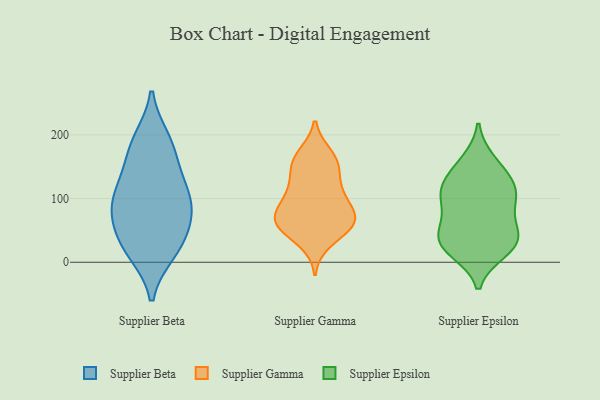
{"axis": {"x": "Revenue (USD Million)", "y": "Value"}, "legend": ["Supplier Beta", "Supplier Epsilon", "Supplier Gamma"], "data": [{"x": "", "y": 16, "type": "Supplier Beta"}, {"x": "", "y": 87, "type": "Supplier Beta"}, {"x": "", "y": 93, "type": "Supplier Beta"}, {"x": "", "y": 118, "type": "Supplier Beta"}, {"x": "", "y": 65, "type": "Supplier Beta"}, {"x": "", "y": 128, "type": "Supplier Beta"}, {"x": "", "y": 20, "type": "Supplier Beta"}, {"x": "", "y": 192, "type": "Supplier Beta"}, {"x": "", "y": 57, "type": "Supplier Beta"}, {"x": "", "y": 28, "type": "Supplier Beta"}, {"x": "", "y": 165, "type": "Supplier Beta"}, {"x": "", "y": 186, "type": "Supplier Beta"}, {"x": "", "y": 95, "type": "Supplier Beta"}, {"x": "", "y": 153, "type": "Supplier Gamma"}, {"x": "", "y": 63, "type": "Supplier Gamma"}, {"x": "", "y": 72, "type": "Supplier Gamma"}, {"x": "", "y": 62, "type": "Supplier Gamma"}, {"x": "", "y": 75, "type": "Supplier Gamma"}, {"x": "", "y": 157, "type": "Supplier Gamma"}, {"x": "", "y": 110, "type": "Supplier Gamma"}, {"x": "", "y": 168, "type": "Supplier Gamma"}, {"x": "", "y": 58, "type": "Supplier Gamma"}, {"x": "", "y": 158, "type": "Supplier Gamma"}, {"x": "", "y": 96, "type": "Supplier Gamma"}, {"x": "", "y": 33, "type": "Supplier Gamma"}, {"x": "", "y": 60, "type": "Supplier Gamma"}, {"x": "", "y": 59, "type": "Supplier Gamma"}, {"x": "", "y": 105, "type": "Supplier Gamma"}, {"x": "", "y": 124, "type": "Supplier Gamma"}, {"x": "", "y": 93, "type": "Supplier Epsilon"}, {"x": "", "y": 110, "type": "Supplier Epsilon"}, {"x": "", "y": 112, "type": "Supplier Epsilon"}, {"x": "", "y": 31, "type": "Supplier Epsilon"}, {"x": "", "y": 124, "type": "Supplier Epsilon"}, {"x": "", "y": 158, "type": "Supplier Epsilon"}, {"x": "", "y": 53, "type": "Supplier Epsilon"}, {"x": "", "y": 68, "type": "Supplier Epsilon"}, {"x": "", "y": 38, "type": "Supplier Epsilon"}, {"x": "", "y": 30, "type": "Supplier Epsilon"}, {"x": "", "y": 106, "type": "Supplier Epsilon"}, {"x": "", "y": 146, "type": "Supplier Epsilon"}, {"x": "", "y": 18, "type": "Supplier Epsilon"}, {"x": "", "y": 26, "type": "Supplier Epsilon"}]}